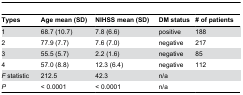
<table><thead><tr><td><b>Types</b></td><td><b>Age mean (SD)</b></td><td><b>NIHSS mean (SD)</b></td><td><b>DM status</b></td><td><b># of patients</b></td></tr></thead><tbody><tr><td>1</td><td>68.7 (10.7)</td><td>7.8 (6.6)</td><td>positive</td><td>188</td></tr><tr><td>2</td><td>77.9 (7.7)</td><td>7.6 (7.0)</td><td>negative</td><td>217</td></tr><tr><td>3</td><td>55.5 (5.7)</td><td>2.2 (1.6)</td><td>negative</td><td>85</td></tr><tr><td>4</td><td>57.0 (8.8)</td><td>12.3 (6.4)</td><td>negative</td><td>112</td></tr><tr><td><i>F</i> statistic</td><td>212.5</td><td>42.3</td><td>n/a</td><td></td></tr><tr><td><i>P</i></td><td>&lt; 0.0001</td><td>&lt; 0.0001</td><td>n/a</td><td></td></tr></tbody></table>